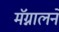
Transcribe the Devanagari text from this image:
मॅग्नालने